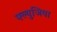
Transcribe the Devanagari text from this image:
फ्ल्युजिया